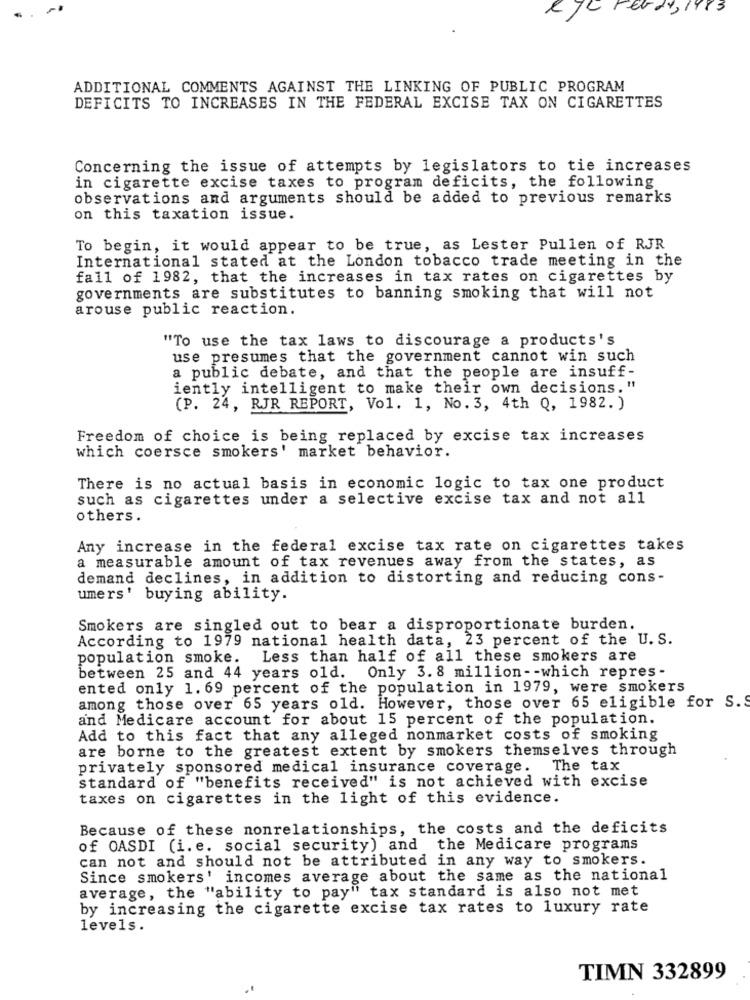
e Je Feray, 1983
ADDITIONAL COMMENTS AGAINST THE LINKING OF PUBLIC PROGRAM
DEFICITS TO INCREASES IN THE FEDERAL EXCISE TAX ON CIGARETTES
Concerning the issue of attempts by legislators to tie increases
in cigarette excise taxes to program deficits, the following
observations and arguments should be added to previous remarks
on this taxation issue.
To begin, it would appear to be true, as Lester Pullen of RJR
International stated at the London tobacco trade meeting in the
fall of 1982, that the increases in tax rates on cigarettes by
governments are substitutes to banning smoking that will not
arouse public reaction.
"To use the tax laws to discourage a products's
use presumes that the government cannot win such
a public debate, and that the people are insuff-
iently intelligent to make their own decisions. "
(P. 24, RJR REPORT, Vol. 1, No.3, 4th Q, 1982. )
Freedom of choice is being replaced by excise tax increases
which coersce smokers' market behavior.
There is no actual basis in economic logic to tax one product
such as cigarettes under a selective excise tax and not all
others.
Any increase in the federal excise tax rate on cigarettes takes
a measurable amount of tax revenues away from the states, as
demand declines, in addition to distorting and reducing cons-
umers' buying ability.
Smokers are singled out to bear a disproportionate burden.
According to 1979 national health data, 23 percent of the U. S.
population smoke.
Less than half of all these smokers are
between 25 and 44 years old. Only 3. 8 million -- which repres -
ented only 1. 69 percent of the population in 1979, were smokers
among those over 65 years old. However, those over 65 eligible for S. S
and Medicare account for about 15 percent of the population.
Add to this fact that any alleged nonmarket costs of smoking
are borne to the greatest extent by smokers themselves through
privately sponsored medical insurance coverage. The tax
standard of "benefits received" is not achieved with excise
taxes on cigarettes in the light of this evidence.
Because of these nonrelationships, the costs and the deficits
of OASDI (i. e. social security) and the Medicare programs
can not and should not be attributed in any way to smokers.
Since smokers' incomes average about the same as the national
average, the "ability to pay" tax standard is also not met
by increasing the cigarette excise tax rates to luxury rate
levels.
TIMN 332899